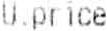
U.PRICE